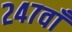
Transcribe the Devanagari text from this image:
२४७वाँ